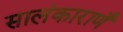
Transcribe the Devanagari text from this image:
सालंकाराणँ